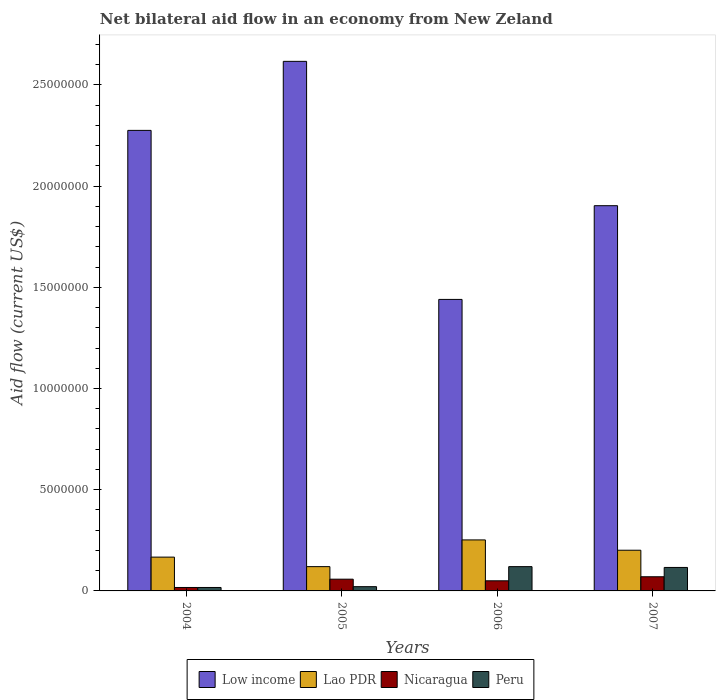
| Years | Low income | Lao PDR | Nicaragua | Peru |
 | --- | --- | --- | --- | --- |
 | 2004 | 2.28e+07 | 1.67e+06 | 1.7e+05 | 1.7e+05 |
 | 2005 | 2.62e+07 | 1.2e+06 | 5.8e+05 | 2.1e+05 |
 | 2006 | 1.44e+07 | 2.52e+06 | 5e+05 | 1.2e+06 |
 | 2007 | 1.9e+07 | 2.01e+06 | 7e+05 | 1.16e+06 |